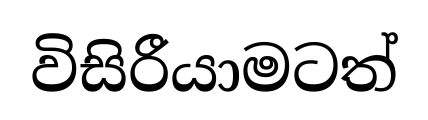
විසිරීයාමටත්